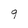
Character: g